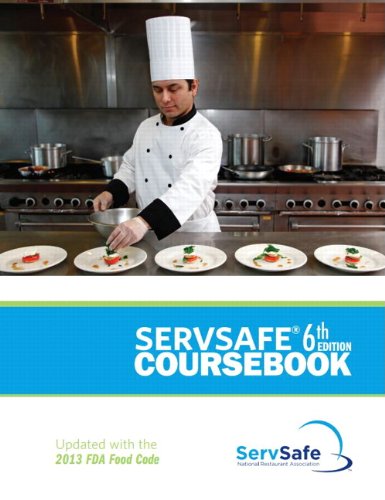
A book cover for ServSafe Coursebook, Revised with ServSafe Exam Answer Sheet (6th Edition); National Restaurant Association; Business & Money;